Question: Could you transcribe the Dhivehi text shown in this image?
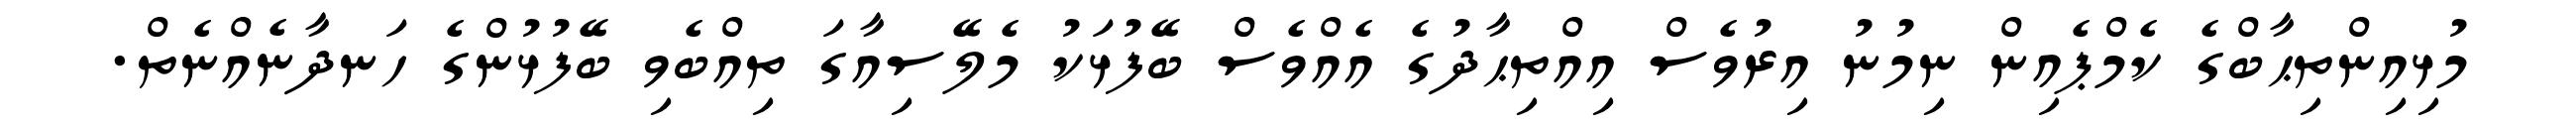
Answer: މުޅިއިންތިޙާބްގެ ކެމްޕެއިން ނިމުނު އިރުވެސް އިއްތިޙާދުގެ އެއްވެސް ބޭފުޅަކު މެލޭސިއާގަ ތިއްބެވި ބޭފުޅުންގެ ހަނދާނެއްނެތް.